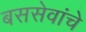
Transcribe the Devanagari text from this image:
बससेवांचे